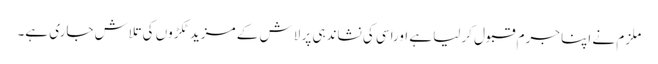
ملزم نے اپنا جرم قبول کرلیا ہے اوراسی کی نشاندہی پر لاش کے مزید ٹکڑوں کی تلاش جاری ہے۔